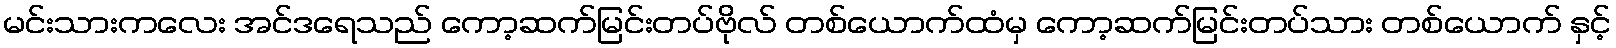
မင်းသားကလေး အင်ဒရေသည် ကော့ဆက်မြင်းတပ်ဗိုလ် တစ်ယောက်ထံမှ ကော့ဆက်မြင်းတပ်သား တစ်ယောက် နှင့်